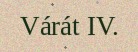
Várát IV.